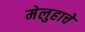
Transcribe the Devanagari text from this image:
मेलुहाचे